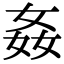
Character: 姦